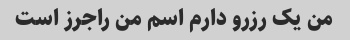
من یک رزرو دارم اسم من راجرز است